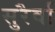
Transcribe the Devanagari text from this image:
सुरैर्वा